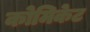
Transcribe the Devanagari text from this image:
कोमिकेट